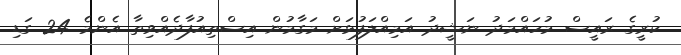
ކުރީގެ ރައީސް މުހައްމަދު ނަޝީދު އަމިއްލަފުޅަށް މަގާމުން އިސްތިއުފާދެއްވިތާ އެންމެ 24 ގަޑި